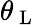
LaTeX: \theta_{\mathrm{~L~}}